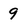
Character: 9